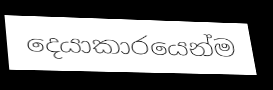
දෙයාකාරයෙන්ම